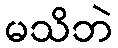
မသိဘဲ